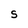
Character: S